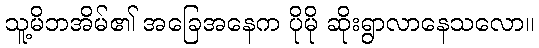
သူ့မိဘအိမ်၏ အခြေအနေက ပိုမို ဆိုးရွာလာနေသလော။